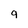
Character: g